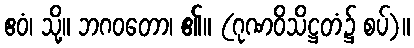
ဧဝံ၊ သို့။ ဘဂဝတော၊ ၏။ (ဂုဏဝိသိဋ္ဌတံ၌ စပ်)။